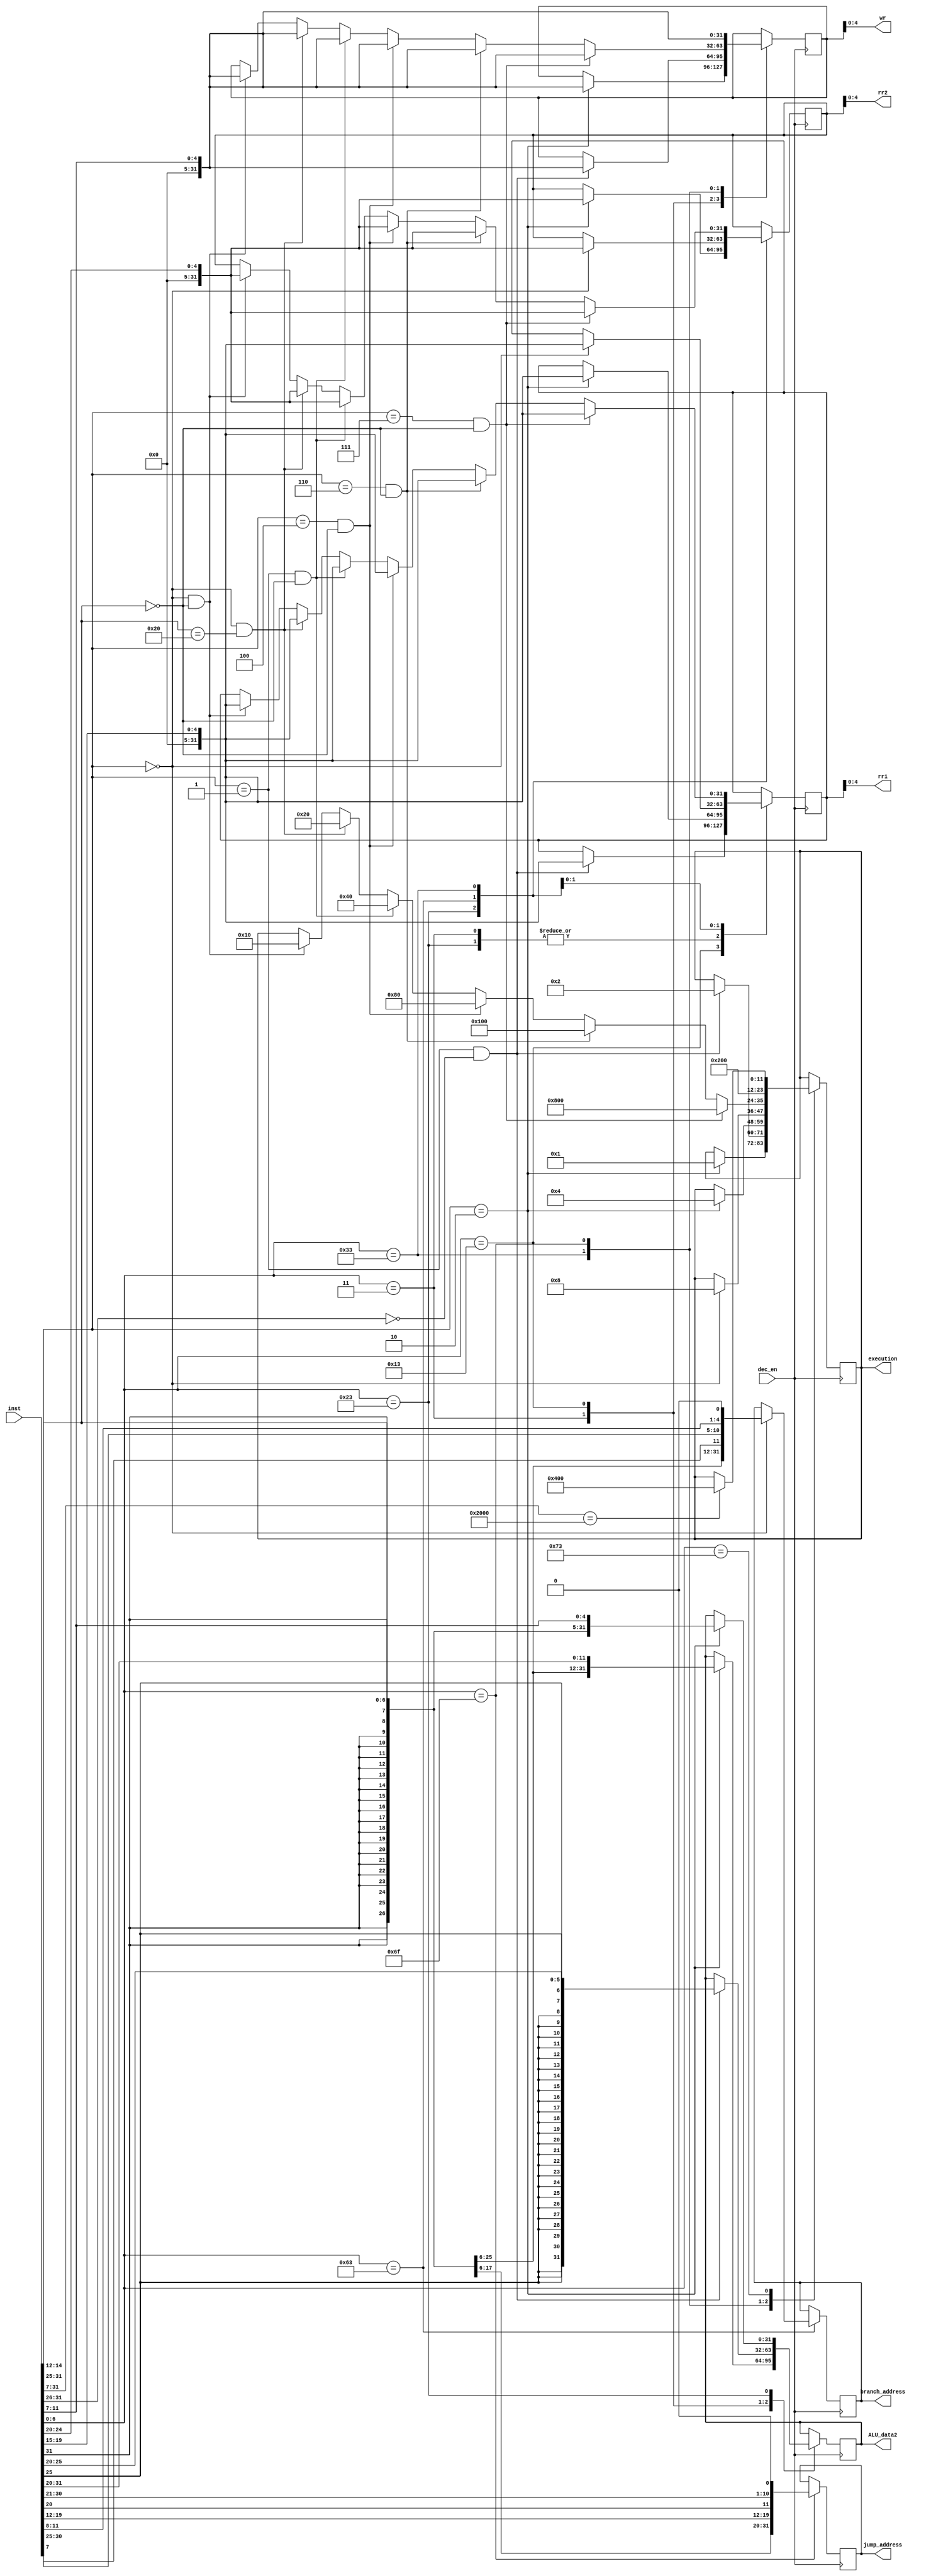
module inst_decoder(input[31:0] inst, input dec_en, output[4:0] rr1, output[4:0] rr2, output[4:0] wr, output[31:0] ALU_data2, output[31:0] branch_address,
output[31:0] jump_address, output[11:0] execution );
   // I---LW, ld rd, rs1, imm
   // 12bit-immediate | 5bit-rs1 | 3bit-funct | 5bit-rd | 7bit-opcode 
   //load word :           LW     32'b?????????????????010?????0000011    I1

   // I---SLLI, slli rd, imm(rs1)  shift rd to left by [imm+(value of rs1)] bits
   // 6bit-funct | 6bit-immediate | 5bit-rs1 | 3bit-funct | 5bit-rd | 7bit-opcode 
   //Shift Left imediate:  SLLI,  32'b000000???????????001?????0010011    I2

   // S, sw rs1,rs2,imm, store the value in rs2 to the address [(value of rs1)+imm] of data_RAM
   //imm[11:5] | rs2 | rs1 | funct3 | imm[4:0] | opcode
   //store word:           SW     32'b?????????????????010?????0100011    S1
   //SB, imm[12]|imm[10:5]|rs2|rs1|imm[4:1]|imm[11]|opcode
   //Branch equal:         BEQ    32'b?????????????????000?????1100011    S2   if rs1==rs2,  branch to imm

   //R, sll rd, rs1, rs2       shift the value of rs1 by (value of rs2) bits and reture the shifted value to rd
   // 7-bit funct | 5bit-rs2 | 5bit-rs1 | 3bit-funct | 5-bit rd | 7-bit opcode |
   //                      ADD    32'b0000000??????????000?????0110011    R
   //                      SUB    32'b0100000??????????000?????0110011    R
   //Shift Left:           SLL    32'b0000000??????????001?????0110011    R
   //                      XOR    32'b0000000??????????100?????0110011    R
   //                       OR    32'b0000000??????????110?????0110011    R
   //UJ, JAL, jal rd, imm, 
   // imm[20]| imm[10:1] | imm[11] | imm[19:12] | rd | opcode
   //                      JAL    32'b?????????????????????????1101111   UJ
   // system            EBREAK    32'b00000000000100000000000001110011   HALT system
    parameter     I1=7'b0000011;  
    parameter     I2=7'b0010011;
    parameter     S1=7'b0100011;
    parameter     S2=7'b1100011;
    parameter      R=7'b0110011;
    parameter     UJ=7'b1101111;
    parameter     SH=7'b1110011;

    parameter     LW=12'b000000000001;
    parameter   SLLI=12'b000000000010;
    parameter     SW=12'b000000000100;
    parameter    BEQ=12'b000000001000;
    parameter    ADD=12'b000000010000;
    parameter    SUB=12'b000000100000;
    parameter    SLL=12'b000001000000;
    parameter    XOR=12'b000010000000;
    parameter     OR=12'b000100000000;
    parameter    JAL=12'b001000000000;
    parameter   HALT=12'b010000000000;
	parameter    AND=12'b100000000000;
    reg[31:0] rr1_r, rr2_r, wr_r, branch_address_r, jump_address_r, ALU_data2_r;
    reg[11:0] execution_r;
    assign execution=execution_r;
    assign ALU_data2=ALU_data2_r;
    assign rr1=rr1_r;
    assign rr2=rr2_r;
    assign wr=wr_r;
    assign branch_address=branch_address_r;
    assign jump_address=jump_address_r;
    always @(posedge dec_en)
        begin
           case(inst[6:0])
             I1:
                begin
                  if (inst[14:12]==3'b010)
                     begin
                       execution_r<=LW;             //command for control to generate corresponding control signal
                       ALU_data2_r<={{21{inst[31]}},inst[30:20]}; // imm address for ALU to add to rd1 from the register file, concatenating the extened sign bit with the orignal value to a 32bit imm value
                       rr1_r<=inst[19:15];  //rd1 index
                       wr_r<=inst[11:7];   // target register index
                     end
                end
             I2:
                begin
                  if ((inst[14:12]==3'b001)&&(inst[31:26]==6'b000000))
                     begin
                       execution_r<=SLLI;
                       ALU_data2_r<={{27{inst[25]}},inst[24:20]}; // 32bit value for ALU input to shift the other input
                       rr1_r<=inst[19:15];
                       wr_r<=inst[11:7];   // target register index
                     end
                end
             S1:
                begin
                  if (inst[14:12]==3'b010)
                     begin
                       execution_r<=SW;
                       ALU_data2_r<={{21{inst[31]}},inst[30:25],inst[11:7]}; // 32bit value for ALU input to shift the other input
                       rr1_r<=inst[19:15];
                       rr2_r<=inst[24:20];   // register index to find the value to be stored
                     end
                end
             S2:
                begin
                  if (inst[14:12]==3'b000)
                     begin
                       execution_r<=BEQ;
                       branch_address_r<={{20{inst[31]}},inst[7],inst[30:25],inst[11:8],1'b0}; // 32bit value for ALU input to shift the other input
                       rr1_r<=inst[19:15];
                       rr2_r<=inst[24:20];   // register index to find the value to be stored
                     end
                end
             R:
                begin
                  if ((inst[14:12]==3'b000)&&(inst[31:25]==7'b0000000))
                     begin
                       execution_r<=ADD;
                       rr1_r<=inst[19:15];
                       rr2_r<=inst[24:20];   
                       wr_r<=inst[11:7];
                     end
                  if ((inst[14:12]==3'b000)&&(inst[31:25]==7'b0100000))
                     begin
                       execution_r<=SUB;
                       rr1_r<=inst[19:15];
                       rr2_r<=inst[24:20];   
                       wr_r<=inst[11:7];
                     end
                  if ((inst[14:12]==3'b001)&&(inst[31:25]==7'b0000000))
                     begin
                       execution_r<=SLL;
                       rr1_r<=inst[19:15];
                       rr2_r<=inst[24:20];   
                       wr_r<=inst[11:7];
                     end
                  if ((inst[14:12]==3'b100)&&(inst[31:25]==7'b0000000))
                     begin
                       execution_r<=XOR;
                       rr1_r<=inst[19:15];
                       rr2_r<=inst[24:20];  
                       wr_r<=inst[11:7];
                     end
                  if ((inst[14:12]==3'b110)&&(inst[31:25]==7'b0000000))
                     begin
                       execution_r<=OR;
                       rr1_r<=inst[19:15];
                       rr2_r<=inst[24:20]; 
                       wr_r<=inst[11:7];
                     end
				  if ((inst[14:12]==3'b111)&&(inst[31:25]==7'b0000000))
                     begin
                       execution_r<=AND;
                       rr1_r<=inst[19:15];
                       rr2_r<=inst[24:20]; 
                       wr_r<=inst[11:7];
                     end
                end
             UJ:
                begin
                       execution_r<=JAL;  //imm[20]| imm[10:1] | imm[11] | imm[19:12] | rd | opcode
                       jump_address_r<={{12{inst[31]}},inst[19:12],inst[20],inst[30:21],1'b0}; // 32bit jump address
                       wr_r<=inst[11:7];
                end
             SH:
                begin
                  if (inst[31:7]==25'b0000000000010000000000000)
                     begin
                       execution_r<=HALT;  //imm[20]| imm[10:1] | imm[11] | imm[19:12] | rd | opcode
                     end
                end
           endcase
        end
endmodule
//Mar. 2, Y. Zhao, EECS2021, YorkU